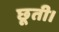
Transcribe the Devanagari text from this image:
छूती।